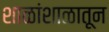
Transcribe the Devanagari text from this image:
शाळांशाळातून